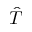
\hat { T }